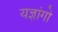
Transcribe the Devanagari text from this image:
यज्ञांगो